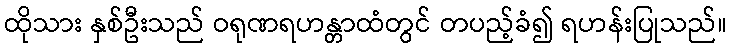
ထိုသား နှစ်ဦးသည် ဝရုဏရဟန္တာထံတွင် တပည့်ခံ၍ ရဟန်းပြုသည်။